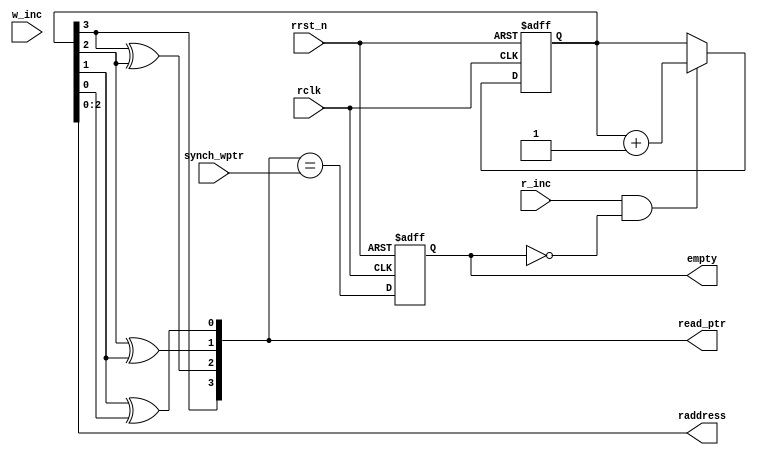
module FIFO_Empty (
	input rclk,    // Clock
	input r_inc, // Clock Enable
	input w_inc,
	input rrst_n,  // Asynchronous reset active low
	input wire[3:0] synch_wptr,
	output reg empty,
	output[2:0] raddress,
	output[3:0] read_ptr
);

reg[3:0] bin_cnt;

wire[3:0] gray_cnt;

wire rdEmpty;
always @(posedge rclk or negedge rrst_n) begin
	if(!rrst_n)
	begin
		bin_cnt <= 4'b0;
	end else if(r_inc && !empty) begin
		bin_cnt <= bin_cnt + 1'b1;
	end
end
always @(posedge rclk or negedge rrst_n) begin
	if(!rrst_n) begin
		empty <= 1'b1;
	end else begin 
		empty <= (gray_cnt == synch_wptr);
	end
end

assign gray_cnt = {bin_cnt[3],
				   bin_cnt[3]^bin_cnt[2],
				   bin_cnt[2]^bin_cnt[1],
				   bin_cnt[1]^bin_cnt[0]};
assign read_ptr = gray_cnt;
assign raddress= bin_cnt[2:0];			   
assign rdEmpty = (gray_cnt == synch_wptr);

endmodule